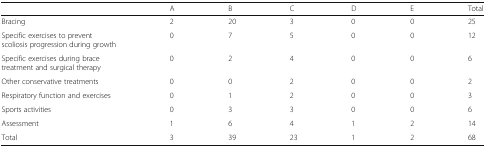
<table><thead><tr><td></td><td><b>A</b></td><td><b>B</b></td><td><b>C</b></td><td><b>D</b></td><td><b>E</b></td><td><b>Total</b></td></tr></thead><tbody><tr><td>Bracing</td><td>2</td><td>20</td><td>3</td><td>0</td><td>0</td><td>25</td></tr><tr><td>Specific exercises to prevent scoliosis progression during growth</td><td>0</td><td>7</td><td>5</td><td>0</td><td>0</td><td>12</td></tr><tr><td>Specific exercises during brace treatment and surgical therapy</td><td>0</td><td>2</td><td>4</td><td>0</td><td>0</td><td>6</td></tr><tr><td>Other conservative treatments</td><td>0</td><td>0</td><td>2</td><td>0</td><td>0</td><td>2</td></tr><tr><td>Respiratory function and exercises</td><td>0</td><td>1</td><td>2</td><td>0</td><td>0</td><td>3</td></tr><tr><td>Sports activities</td><td>0</td><td>3</td><td>3</td><td>0</td><td>0</td><td>6</td></tr><tr><td>Assessment</td><td>1</td><td>6</td><td>4</td><td>1</td><td>2</td><td>14</td></tr><tr><td>Total</td><td>3</td><td>39</td><td>23</td><td>1</td><td>2</td><td>68</td></tr></tbody></table>